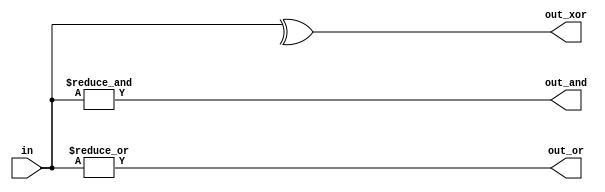
module top_module( 
    input [99:0] in,
    output out_and,
    output out_or,
    output out_xor 
);

    // Use reduction operators to aggregate all 100 inputs
    assign out_and = &in;  // AND reduction
    assign out_or = |in;   // OR reduction
    assign out_xor = ^in;  // XOR reduction

endmodule